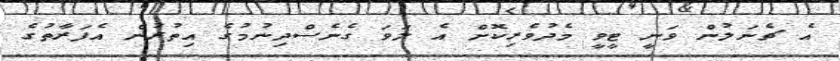
އެ ޗެނަލުން ވަނީ ޓީވީ މެދުވެރިކޮށް އެ ލަވަ ގެނެސްދިނުމުގެ އިތުރުން އެފަރާތުގެ